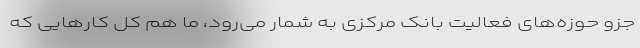
جزو حوزه‌های فعالیت بانک مرکزی به شمار می‌رود، ما هم کل کارهایی که